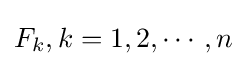
F_{k},k=1,2,\cdots ,n